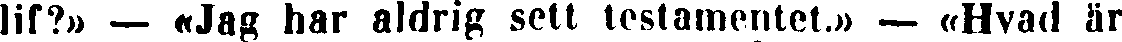
lif?» — «Jag har aldrig sett testamentet.» — «Hvad är